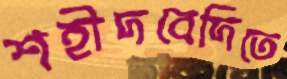
শহীদবেদিতে